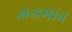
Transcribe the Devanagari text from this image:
अन्डमान